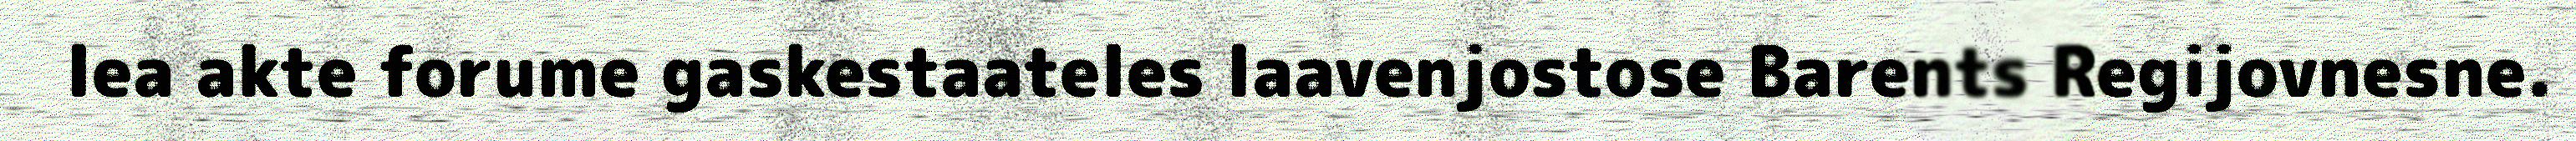
lea akte forume gaskestaateles laavenjostose Barents Regijovnesne.